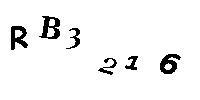
RB3216